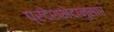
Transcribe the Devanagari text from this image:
प्रदेशभेदानुसार